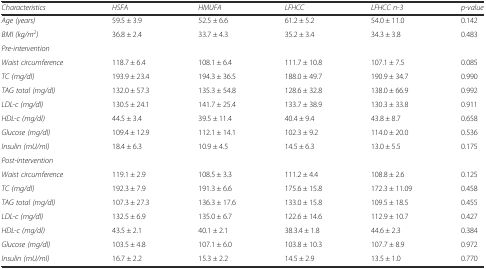
<table><thead><tr><td><b><i>Characteristics</i></b></td><td><b><i>HSFA</i></b></td><td><b><i>HMUFA</i></b></td><td><b><i>LFHCC</i></b></td><td><b><i>LFHCC n-3</i></b></td><td><b><i>p-value</i></b></td></tr></thead><tbody><tr><td><i>Age (years)</i></td><td>59.5 ± 3.9</td><td>52.5 ± 6.6</td><td>61.2 ± 5.2</td><td>54.0 ± 11.0</td><td>0.142</td></tr><tr><td><i>BMI (kg/m</i><sup><i>2</i></sup><i>)</i></td><td>36.8 ± 2.4</td><td>33.7 ± 4.3</td><td>35.2 ± 3.4</td><td>34.3 ± 3.8</td><td>0.483</td></tr><tr><td colspan="5"><i>Pre-intervention</i></td><td></td></tr><tr><td><i>Waist circumference</i></td><td>118.7 ± 6.4</td><td>108.1 ± 6.4</td><td>111.7 ± 10.8</td><td>107.1 ± 7.5</td><td>0.085</td></tr><tr><td><i>TC (mg/dl)</i></td><td>193.9 ± 23.4</td><td>194.3 ± 36.5</td><td>188.0 ± 49.7</td><td>190.9 ± 34.7</td><td>0.990</td></tr><tr><td><i>TAG total (mg/dl)</i></td><td>132.0 ± 57.3</td><td>135.3 ± 54.8</td><td>128.6 ± 32.8</td><td>138.0 ± 66.9</td><td>0.992</td></tr><tr><td><i>LDL-c (mg/dl)</i></td><td>130.5 ± 24.1</td><td>141.7 ± 25.4</td><td>133.7 ± 38.9</td><td>130.3 ± 33.8</td><td>0.911</td></tr><tr><td><i>HDL-c (mg/dl)</i></td><td>44.5 ± 3.4</td><td>39.5 ± 11.4</td><td>40.4 ± 9.4</td><td>43.8 ± 8.7</td><td>0.658</td></tr><tr><td><i>Glucose (mg/dl)</i></td><td>109.4 ± 12.9</td><td>112.1 ± 14.1</td><td>102.3 ± 9.2</td><td>114.0 ± 20.0</td><td>0.536</td></tr><tr><td><i>Insulin (mU/ml)</i></td><td>18.4 ± 6.3</td><td>10.9 ± 4.5</td><td>14.5 ± 6.3</td><td>13.0 ± 5.5</td><td>0.175</td></tr><tr><td colspan="5"><i>Post-intervention</i></td><td></td></tr><tr><td><i>Waist circumference</i></td><td>119.1 ± 2.9</td><td>108.5 ± 3.3</td><td>111.2 ± 4.4</td><td>108.8 ± 2.6</td><td>0.125</td></tr><tr><td><i>TC (mg/dl)</i></td><td>192.3 ± 7.9</td><td>191.3 ± 6.6</td><td>175.6 ± 15.8</td><td>172.3 ± 11.09</td><td>0.458</td></tr><tr><td><i>TAG total (mg/dl)</i></td><td>107.3 ± 27.3</td><td>136.3 ± 17.6</td><td>133.0 ± 15.8</td><td>109.5 ± 18.5</td><td>0.455</td></tr><tr><td><i>LDL-c (mg/dl)</i></td><td>132.5 ± 6.9</td><td>135.0 ± 6.7</td><td>122.6 ± 14.6</td><td>112.9 ± 10.7</td><td>0.427</td></tr><tr><td><i>HDL-c (mg/dl)</i></td><td>43.5 ± 2.1</td><td>40.1 ± 2.1</td><td>38.3.4 ± 1.8</td><td>44.6 ± 2.3</td><td>0.384</td></tr><tr><td><i>Glucose (mg/dl)</i></td><td>103.5 ± 4.8</td><td>107.1 ± 6.0</td><td>103.8 ± 10.3</td><td>107.7 ± 8.9</td><td>0.972</td></tr><tr><td><i>Insulin (mU/ml)</i></td><td>16.7 ± 2.2</td><td>15.3 ± 2.2</td><td>14.5 ± 2.9</td><td>13.5 ± 1.0</td><td>0.770</td></tr></tbody></table>